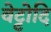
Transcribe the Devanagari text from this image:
वेट्टोदि